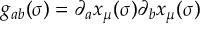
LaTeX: g _ { a b } ( \sigma ) = \partial _ { a } x _ { \mu } ( \sigma ) \partial _ { b } x _ { \mu } ( \sigma )